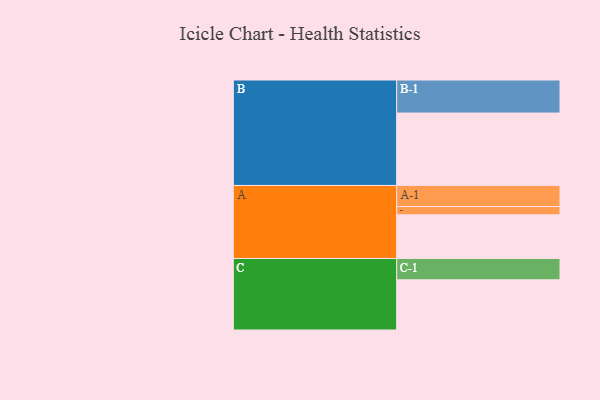
{"axis": {"x": "Segment", "y": "Value"}, "legend": ["", "A", "B", "C"], "data": [{"x": "A", "y": 350, "type": ""}, {"x": "B", "y": 580, "type": ""}, {"x": "C", "y": 402, "type": ""}, {"x": "A-1", "y": 169, "type": "A"}, {"x": "A-2", "y": 66, "type": "A"}, {"x": "B-1", "y": 265, "type": "B"}, {"x": "C-1", "y": 171, "type": "C"}]}